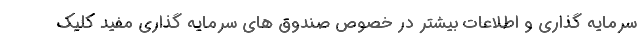
سرمایه گذاری و اطلاعات بیشتر در خصوص صندوق های سرمایه گذاری مفید کلیک